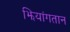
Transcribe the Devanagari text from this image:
झियांगतान